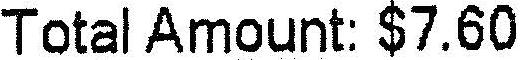
TOTAL AMOUNT: $7.60